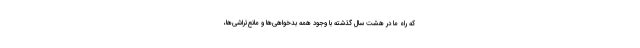
که راه ما در هشت سال گذشته با وجود همه بدخواهی‌ها و مانع‌تراشی‌ها،